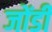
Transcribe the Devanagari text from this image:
जोंडी